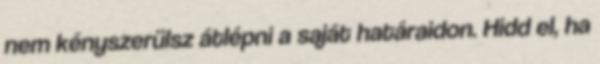
nem kényszerülsz átlépni a saját határaidon. Hidd el, ha